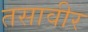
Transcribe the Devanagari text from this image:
तसावीर